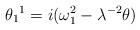
LaTeX: \begin{align*}\theta _{1}{}^{1}=i(\omega _{1}^{2}-\lambda ^{-2}\theta ) \end{align*}